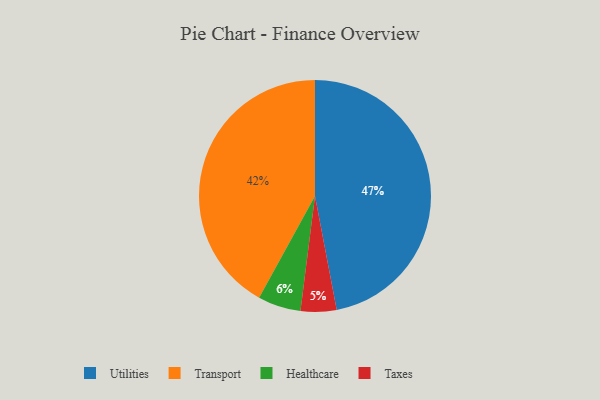
{"axis": {"x": "Category", "y": "Percentage"}, "legend": ["Healthcare", "Taxes", "Transport", "Utilities"], "data": [{"x": "Healthcare", "y": 6, "type": "Healthcare"}, {"x": "Utilities", "y": 47, "type": "Utilities"}, {"x": "Taxes", "y": 5, "type": "Taxes"}, {"x": "Transport", "y": 42, "type": "Transport"}]}